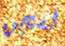
لسجن